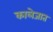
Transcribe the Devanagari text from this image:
कालेजात